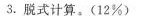
3.脱式计算。(12\%)